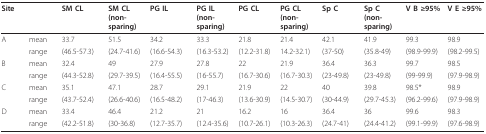
<table><thead><tr><td><b>Site</b></td><td></td><td><b>SM CL</b></td><td><b>SM CL (non-sparing)</b></td><td><b>PG IL</b></td><td><b>PG IL (non-sparing)</b></td><td><b>PG CL</b></td><td><b>PG CL (non-sparing)</b></td><td><b>Sp C</b></td><td><b>Sp C (non-sparing)</b></td><td><b>V B ≥95%</b></td><td><b>V E ≥95%</b></td></tr></thead><tbody><tr><td>A</td><td>mean</td><td>33.7</td><td>51.5</td><td>34.2</td><td>33.3</td><td>21.8</td><td>21.4</td><td>42.1</td><td>41.9</td><td>99.3</td><td>98.9</td></tr><tr><td></td><td>range</td><td>(46.5-57.3)</td><td>(24.7-41.6)</td><td>(16.6-54.3)</td><td>(16.3-53.2)</td><td>(12.2-31.8)</td><td>14.2-32.1)</td><td>(37-50)</td><td>(35.8-49)</td><td>(98.9-99.9)</td><td>(98.2-99.5)</td></tr><tr><td>B</td><td>mean</td><td>32.4</td><td>49</td><td>27.9</td><td>27.8</td><td>22</td><td>21.9</td><td>36.4</td><td>36.3</td><td>99.7</td><td>98.5</td></tr><tr><td></td><td>range</td><td>(44.3-52.8)</td><td>(29.7-39.5)</td><td>(16.4-55.5)</td><td>(16-55.7)</td><td>(16.7-30.6)</td><td>(16.7-30.3)</td><td>(23-49.8)</td><td>(23-49.8)</td><td>(99-99.9)</td><td>(97.9-98.9)</td></tr><tr><td>C</td><td>mean</td><td>35.1</td><td>47.1</td><td>28.7</td><td>29.1</td><td>21.9</td><td>22</td><td>40</td><td>39.8</td><td>98.5*</td><td>98.9</td></tr><tr><td></td><td>range</td><td>(43.7-52.4)</td><td>(26.6-40.6)</td><td>(16.5-48.2)</td><td>(17-46.3)</td><td>(13.6-30.9)</td><td>(14.5-30.7)</td><td>(30-44.9)</td><td>(29.7-45.3)</td><td>(96.2-99.6)</td><td>(97.9-98.9)</td></tr><tr><td>D</td><td>mean</td><td>33.4</td><td>46.4</td><td>21.2</td><td>21</td><td>16.2</td><td>16</td><td>36.4</td><td>36</td><td>99.6</td><td>98.3</td></tr><tr><td></td><td>range</td><td>(42.2-51.8)</td><td>(30-36.8)</td><td>(12.7-35.7)</td><td>(12.4-35.6)</td><td>(10.7-26.1)</td><td>(10.3-26.3)</td><td>(24.7-41)</td><td>(24.4-41.2)</td><td>(99.1-99.9)</td><td>(97.6-98.9)</td></tr></tbody></table>